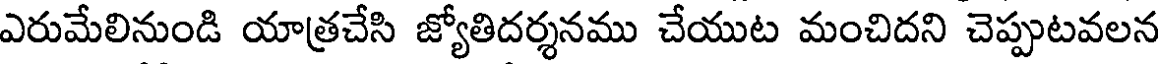
ఎరుమేలినుండి యాత్రచేసి జ్యోతిదర్శనము చేయుట మంచిదని చెప్పుటవలన